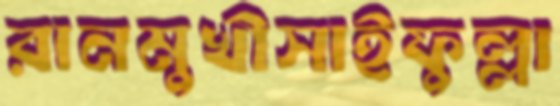
রানমুখীসাইফুল্লা